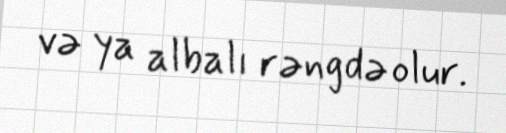
və ya albalı rəngdə olur.